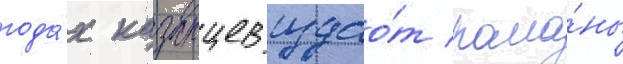
года́х казанцев издао́т рома́ны